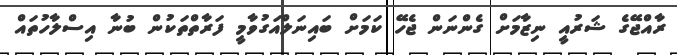
ރާއްޖޭގެ ޝަރުއީ ނިޒާމަށް ގެންނަން ޖެހޭ ކަމަށް ބައިނަލްއަގުވާމީ ފަރާތްތަކުން ބުނާ އިސްލާހުތައް